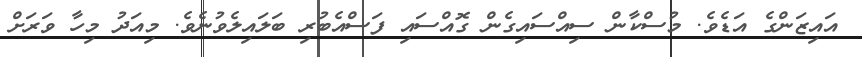
އައިޒަންގެ އަޑެވެ. މުސްކާން ސިއްސައިގެން ގޮއްސައި ފަސްއެބުރި ބަލައިލެވުނެވެ. މިއަދު މިހާ ވަރަށް